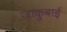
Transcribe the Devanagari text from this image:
जाकुबाई